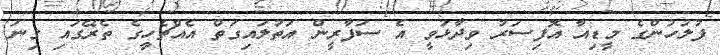
ފުލުހުންގެ މީޑިއާ އޮފިސަރު ވިދާޅުވީ އެ ސަފާރީން އަތުލައިގަތް އެއްޗެހިީގެ ތެރޭގައި ގިނަ